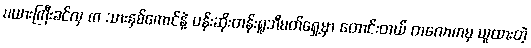
မယားကြီးခင်လှ က သားနှစ်ကောင်နဲ့ ပန်းဆိုးတန်းရူဘီမတ်ရှေ့မှာ တောင်းတယ် တလောကမှ ယူထားတဲ့